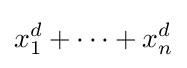
x_{1}^{d}+\cdots +x_{n}^{d}